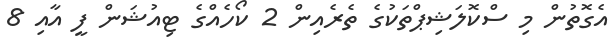
އެގޮތުން މި ސްކޮލަޝިޕްތަކުގެ ތެރެއިން 2 ކޯހެއްގެ ޓިއުޝަން ފީ އާއި 8